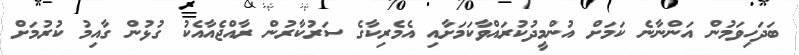
ބަދަހިވަމުން އަންނާނެ ކަމަށް އުންމީދުކުރައްވާކަމަށާއި އެމެރިކާގެ ސަރުކާރުން ރާއްޖެއާއެކު ގުޅުން ގާއިމު ކުރުމަށް